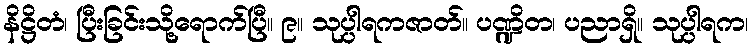
နိဋ္ဌိတံ၊ ပြီးခြင်းသို့ရောက်ပြီ။ ၉။ သုပ္ပါရကဇာတ်။ ပဏ္ဍိတ၊ ပညာရှိ။ သုပ္ပါရက၊